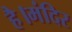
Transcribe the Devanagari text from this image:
है।मंदिर